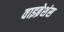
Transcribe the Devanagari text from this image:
वाइब्रेशंस